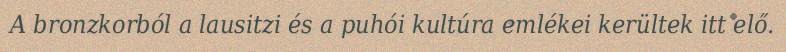
A bronzkorból a lausitzi és a puhói kultúra emlékei kerültek itt elő.